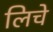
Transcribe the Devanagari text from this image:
लिचे